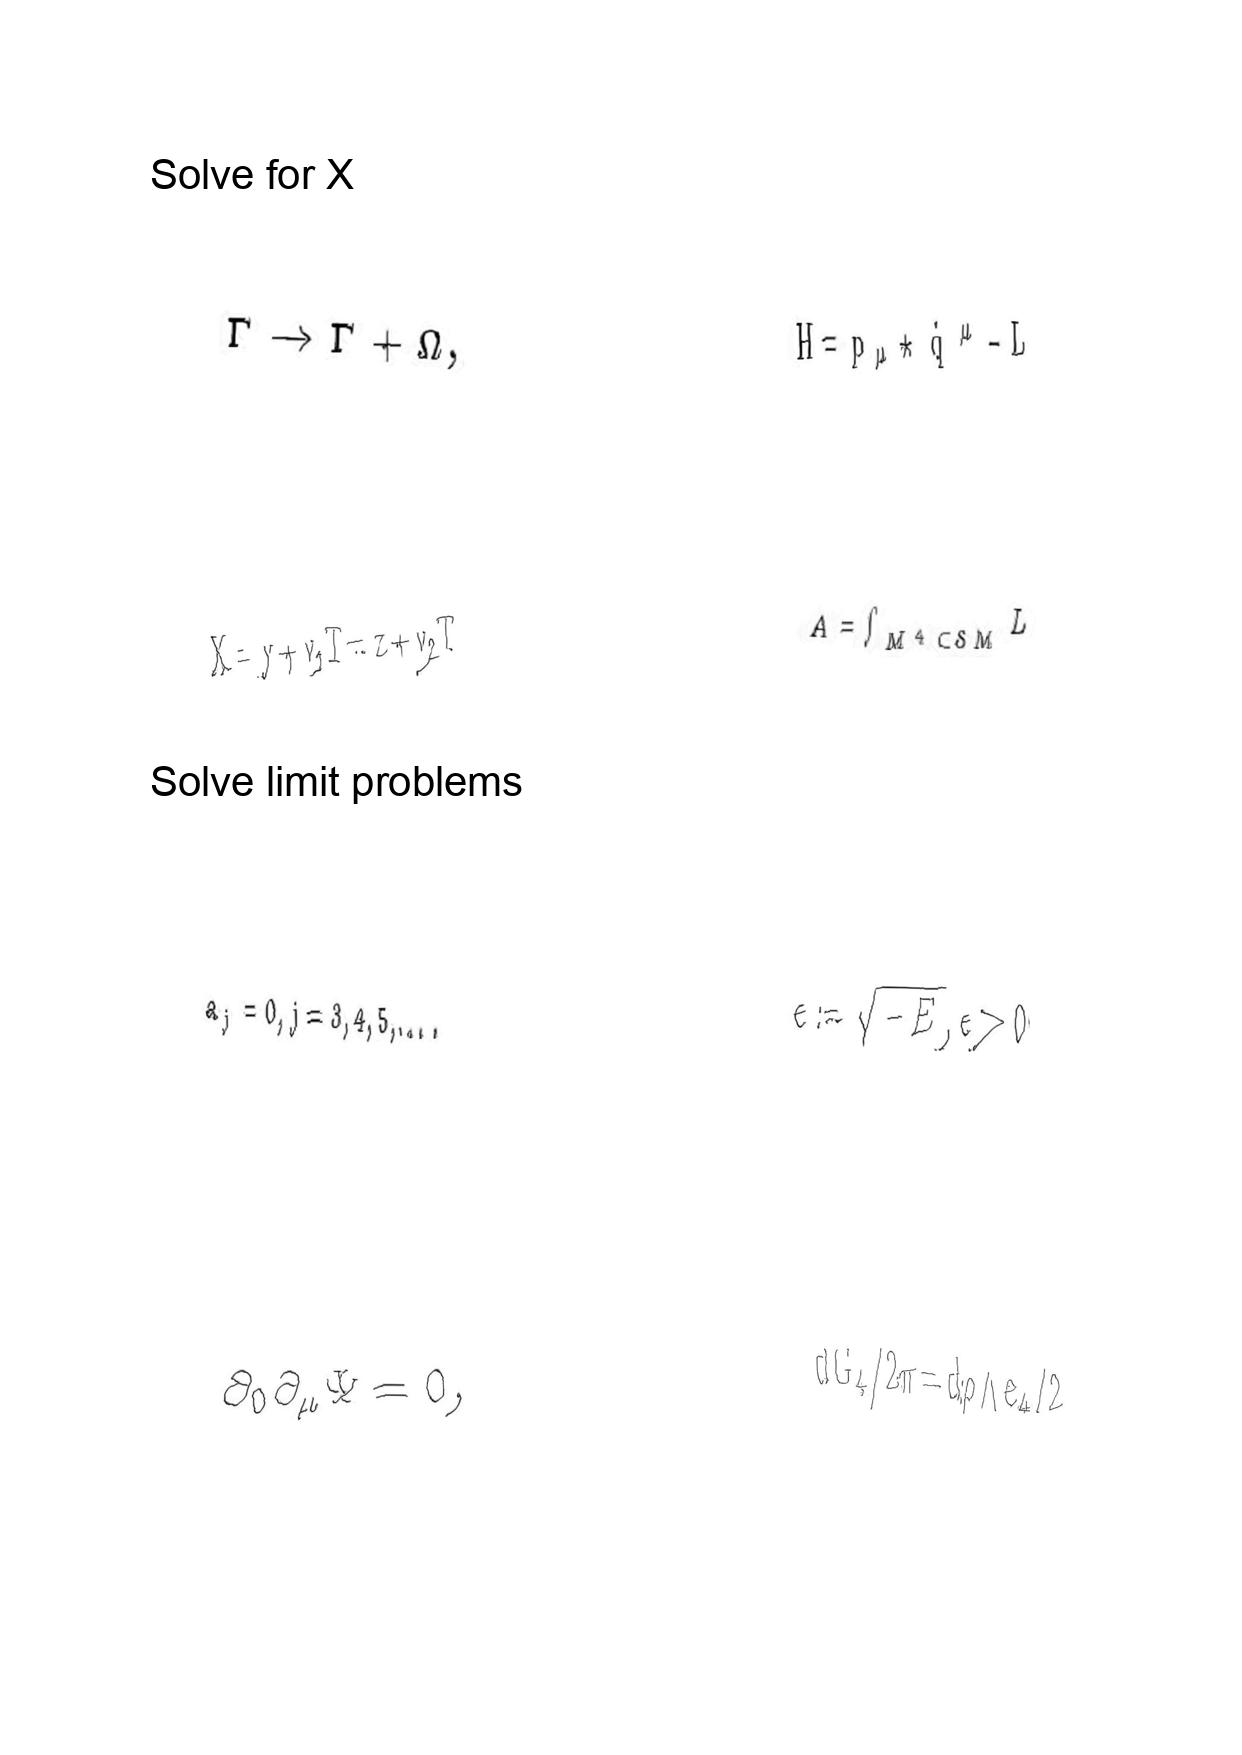
LaTeX transcription:
\Gamma \rightarrow \Gamma + \Omega ,
X = y + v _ { 1 } T = z + v _ { 2 } T
a _ { j } = 0 , j = 3 , 4 , 5 , \ldots .
\partial _ { 0 } \partial _ { \mu } \Psi = 0 ,
H = p _ { \mu } \star \dot { q } ^ { \mu } - L
A = \int _ { M ^ { 4 } \subset S M } L
\epsilon : = \sqrt { - E } , \epsilon \gt 0
d G _ { 4 } / 2 \pi = d \rho \land e _ { 4 } / 2